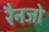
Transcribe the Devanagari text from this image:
रैनजो